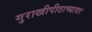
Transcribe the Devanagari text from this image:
गुराखीपीठाच्यावर